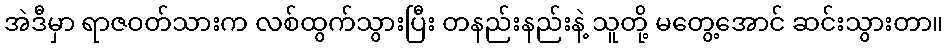
အဲဒီမှာ ရာဇဝတ်သားက လစ်ထွက်သွားပြီး တနည်းနည်းနဲ့ သူတို့ မတွေ့အောင် ဆင်းသွားတာ။